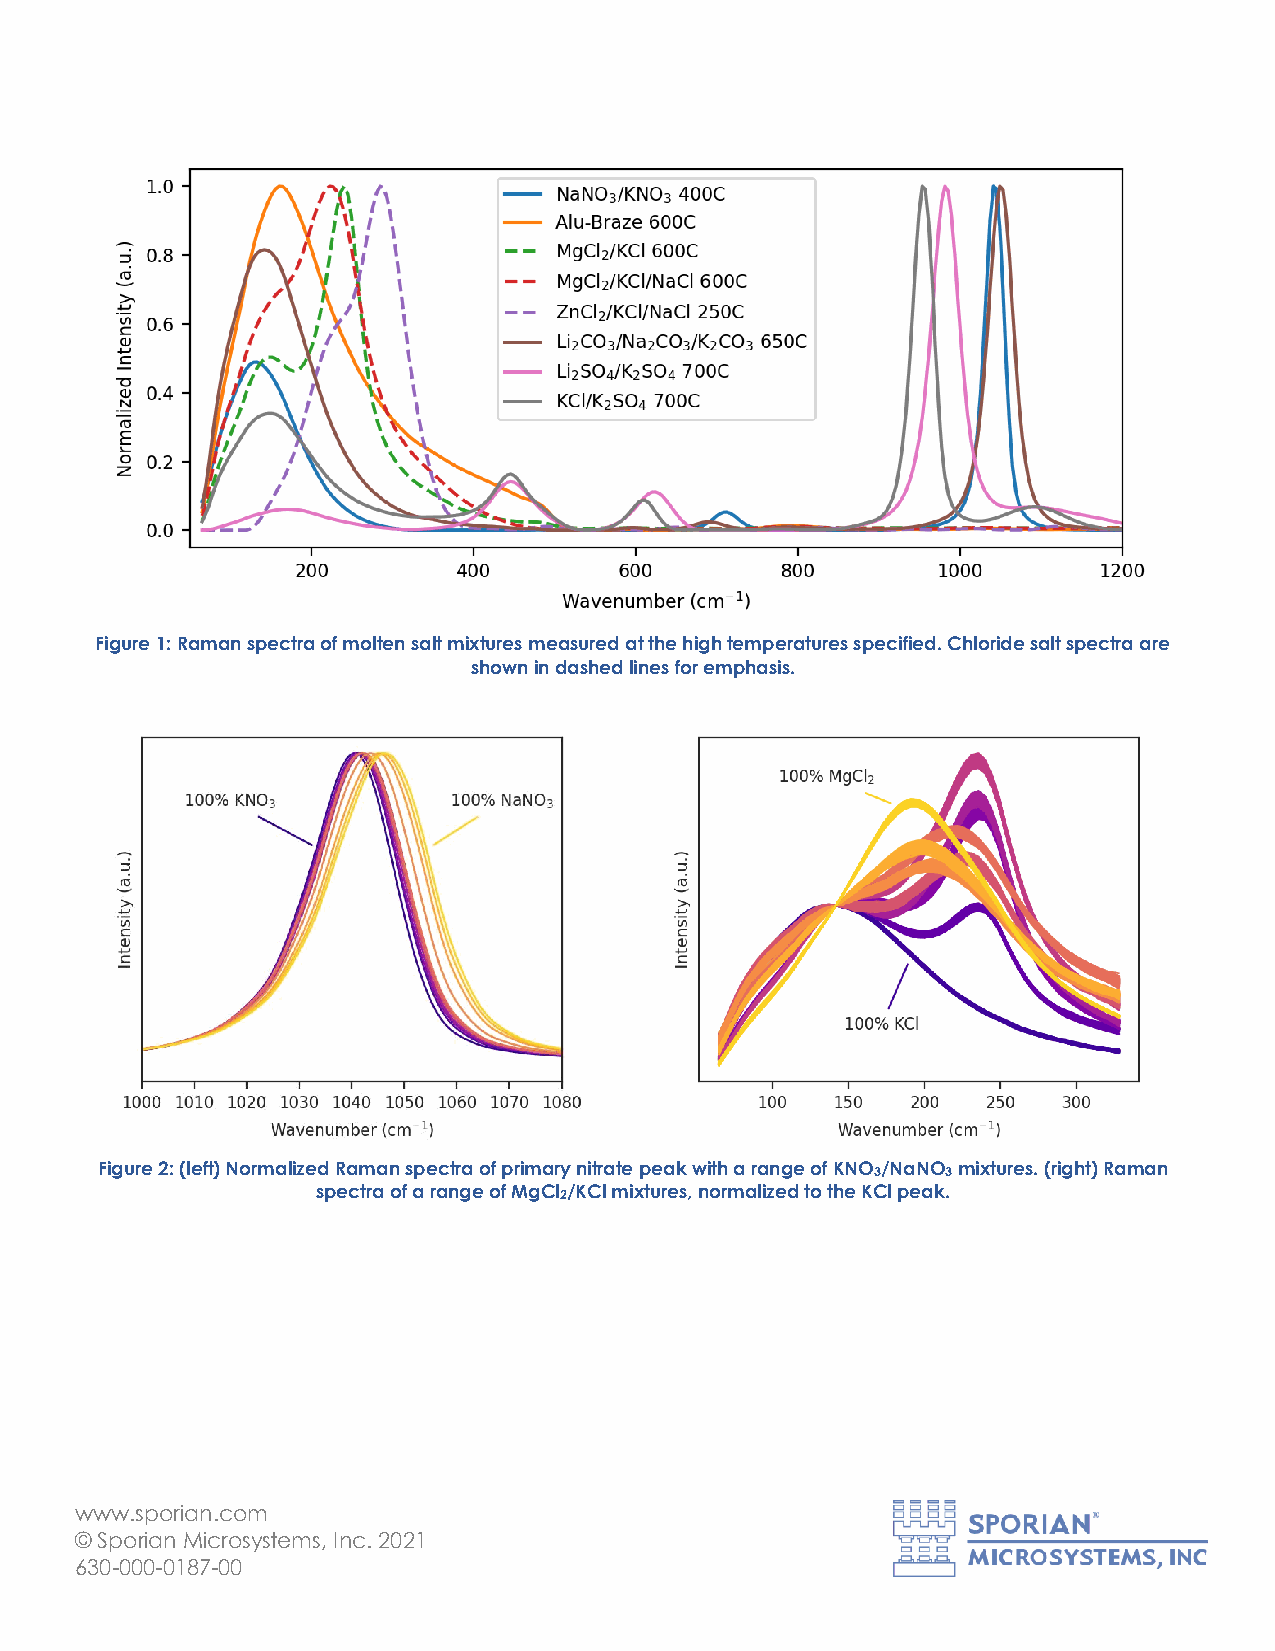
Figure 1: Raman spectra of molten salt mixtures measured at the high temperatures specified. Chloride salt spectra are
 shown in dashed lines for emphasis.
 Figure 2: (left) Normalized Raman spectra of primary nitrate peak with a range of KNO3/NaNO3 mixtures. (right) Raman
 spectra of a range of MgCl2/KCl mixtures, normalized to the KCl peak.
 www.sporian.com
 © Sporian Microsystems, Inc. 2021
 630-000-0187-00